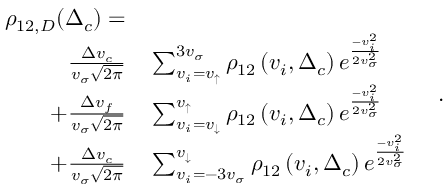
\begin{array} { r l } { \rho _ { 1 2 , D } ( \Delta _ { c } ) = } & { { } } \\ { ~ \frac { \Delta v _ { c } } { v _ { \sigma } \sqrt { 2 \pi } } } & { { } \sum _ { v _ { i } = v _ { \uparrow } } ^ { 3 v _ { \sigma } } \rho _ { 1 2 } \left( v _ { i } , \Delta _ { c } \right) e ^ { \frac { - v _ { i } ^ { 2 } } { 2 v _ { \sigma } ^ { 2 } } } } \\ { + \frac { \Delta v _ { f } } { v _ { \sigma } \sqrt { 2 \pi } } } & { { } \sum _ { v _ { i } = v _ { \downarrow } } ^ { v _ { \uparrow } } \rho _ { 1 2 } \left( v _ { i } , \Delta _ { c } \right) e ^ { \frac { - v _ { i } ^ { 2 } } { 2 v _ { \sigma } ^ { 2 } } } } \\ { + \frac { \Delta v _ { c } } { v _ { \sigma } \sqrt { 2 \pi } } } & { { } \sum _ { v _ { i } = - 3 v _ { \sigma } } ^ { v _ { \downarrow } } \rho _ { 1 2 } \left( v _ { i } , \Delta _ { c } \right) e ^ { \frac { - v _ { i } ^ { 2 } } { 2 v _ { \sigma } ^ { 2 } } } } \end{array} \, \, \, \, \, .